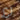
رع